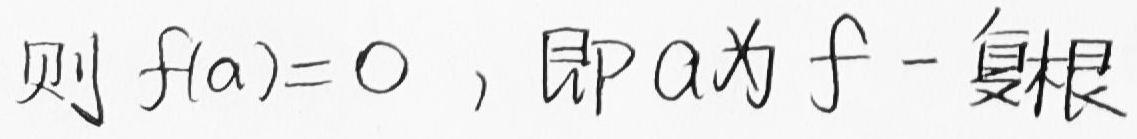
则 $f(a)=0$ , 即 $a$ 为 $f$ 一复根